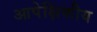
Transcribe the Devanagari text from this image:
आपेक्षिकीय